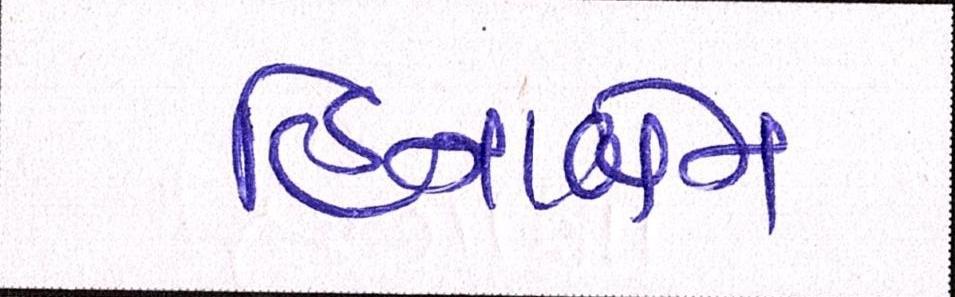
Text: હિનાબેન